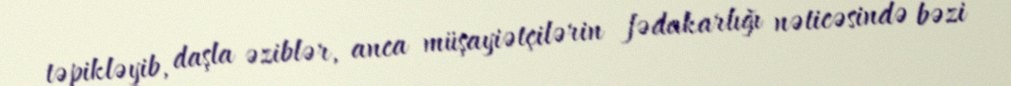
təpikləyib, daşla əziblər, anca müşayiətçilərin fədakarlığı nəticəsində bəzi